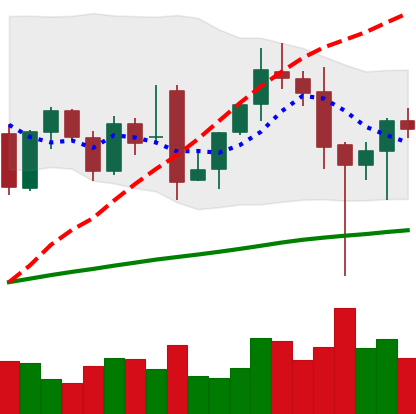
Ticker: ETH-USD
Chart end date: 2021-12-07
Forward return: -4.186%
Label: down_3_5